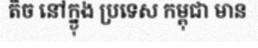
តិច នៅក្ន្ងុង ប្រទេស កម្ពុជា មាន